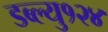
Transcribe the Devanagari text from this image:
डब्ल्यु१२४